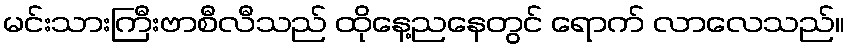
မင်းသားကြီးဗာစီလီသည် ထိုနေ့ညနေတွင် ရောက် လာလေသည်။